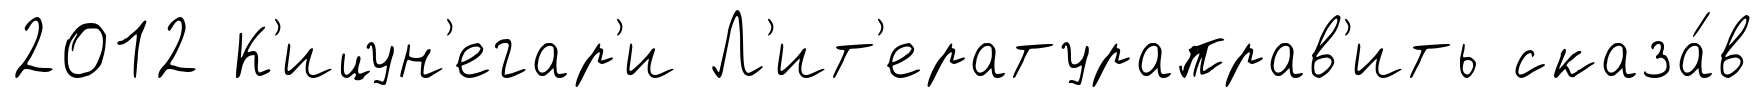
2012 К'ицун'егар'и Л'ит'ератураправ'ить сказа́в